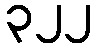
၃၂၂